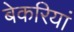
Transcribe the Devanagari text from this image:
बेकरियां